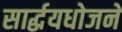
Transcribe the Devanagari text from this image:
सार्द्धयधोजने